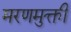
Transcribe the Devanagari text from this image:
मरणमुक्ती